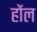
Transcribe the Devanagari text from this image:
होंल